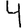
Digit: 4